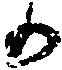
か